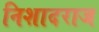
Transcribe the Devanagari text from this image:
निशादराज